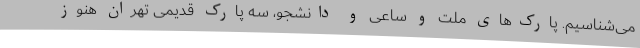
می‌شناسیم. پارک‌های ملت و ساعی و دانشجو، سه پارک قدیمی تهران هنوز